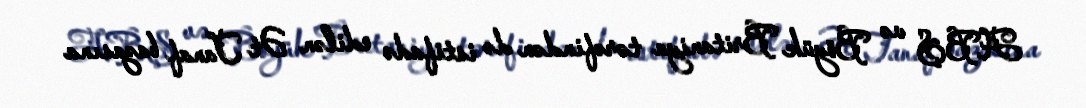
ABŞ və Böyük Britaniya tərəfindən də istifadə edilən Ət Tanaf bazasına